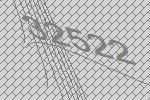
32522